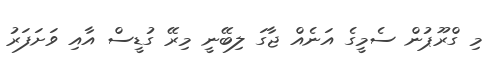
މި ގްރޫޕުން ސެމީގެ އަނެއް ޖާގަ ލިބޭނީ މިރޭ ގުޑީސް އާއި ވަށަފަރު